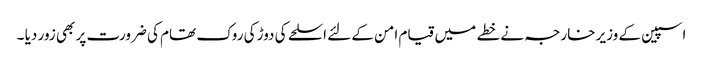
اسپین کے وزیر خارجہ نے خطے میں قیام امن کے لئے اسلحے کی دوڑ کی روک تھام کی ضرورت پر بھی زور دیا ۔